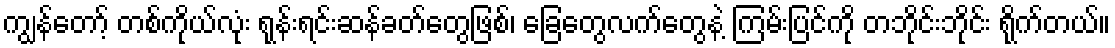
ကျွန်တော့် တစ်ကိုယ်လုံး ရုန်းရင်းဆန်ခတ်တွေဖြစ်၊ ခြေတွေလက်တွေနဲ့ ကြမ်းပြင်ကို တဘိုင်းဘိုင်း ရိုက်တယ်။